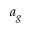
a _ { g }